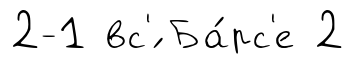
2-1 вс'́ Ба́рс'е 2